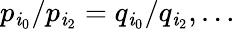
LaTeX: p_{\mathit{i}_{0}}/p_{\mathit{i}_{2}}=q_{\mathit{i}_{0}}/q_{\mathit{i}_{2}},\dots